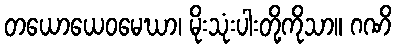
တယောယေဝမေဃာ၊ မိုးသုံးပါးတို့ကိုသာ။ ဂဏိ